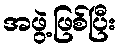
အဖွဲ့ဖြစ်ပြီး